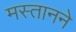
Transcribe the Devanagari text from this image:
मस्तानने